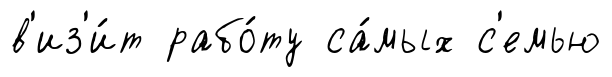
в'из'и́т рабо́ту са́мых с'емью